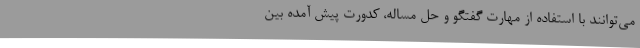
می‌توانند با استفاده از مهارت گفتگو و حل مساله، کدورت پیش آمده بین